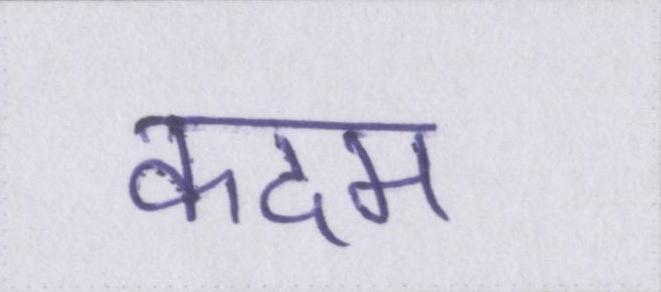
कदम